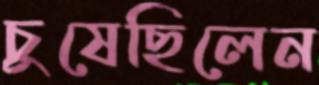
চুষেছিলেন